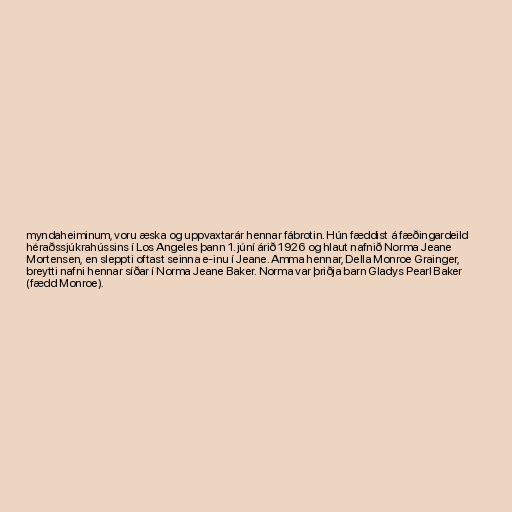
myndaheiminum, voru æska og uppvaxtarár hennar fábrotin. Hún fæddist á fæðingardeild
héraðssjúkrahússins í Los Angeles þann 1. júní árið 1926 og hlaut nafnið Norma Jeane
Mortensen, en sleppti oftast seinna e-inu í Jeane. Amma hennar, Della Monroe Grainger,
breytti nafni hennar síðar í Norma Jeane Baker. Norma var þriðja barn Gladys Pearl Baker
(fædd Monroe).